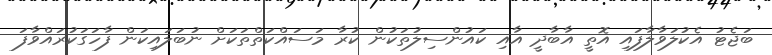
ބަޖެޓު އެކުލަވާލާފައި އޮތީ އާބާދީ އާއި ކައުންސިލުތަކުން ކުރާ މަސައްކަތްތަކަށް ނުބަލައިކަން ފާހަގަކުރައްވާފަ